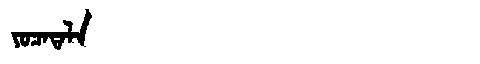
Manchu: ᠶᠣᠴᠠᡨᠠᠯᠠ
Romanization: YOCATALA